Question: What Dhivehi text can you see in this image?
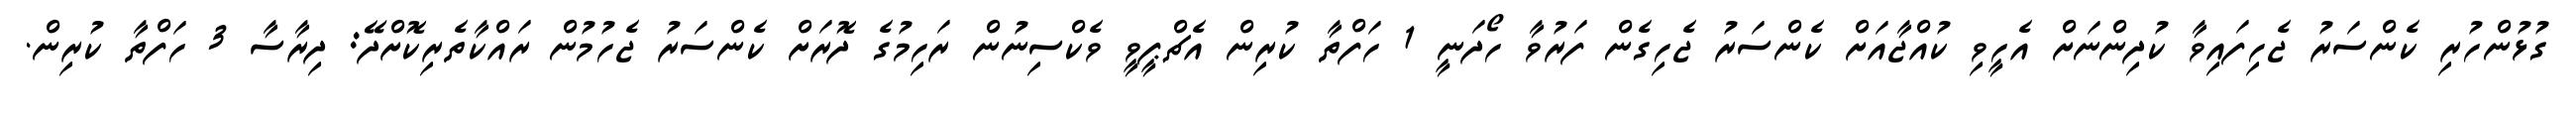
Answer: ގުޅުންހުރި ކެންސަރު ޖެހިފައިވާ ކުދިންނަށް އެހީވި ކުއްޖާއަށް ކެންސަރު ޖެހިގެން ފަރުވާ ހޯދަނީ 1 ހަފްތާ ކުރިން އެޗްޕީވީ ވެކްސިނުން ރަހިމުގެ ދޮރަށް ކެންސަރު ޖެހުމުން ރައްކާތެރިކޮށްދޭ: ދިރާސާ 3 ހަފްތާ ކުރިން.